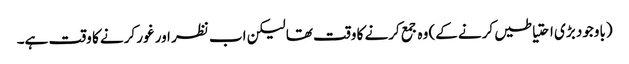
(باوجود بڑی احتیاطیں کرنے کے) وہ جمع کرنے کا وقت تھا لیکن اب نظر اور غور کرنے کا وقت ہے۔